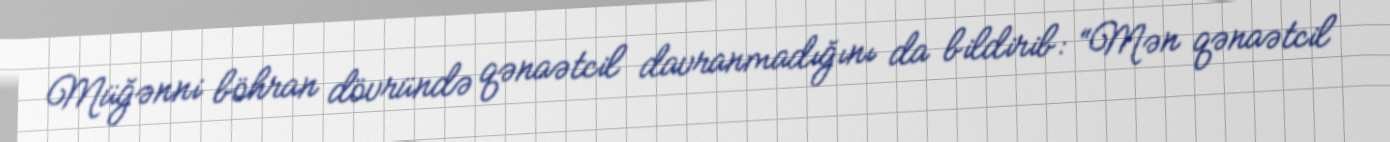
Müğənni böhran dövründə qənaətcil davranmadığını da bildirib: “Mən qənaətcil